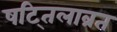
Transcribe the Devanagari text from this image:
षट्तिलाव्रत